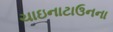
ચાઇનાટાઉનના